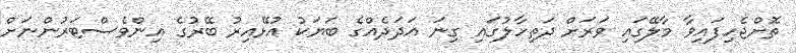
ތޮށްޖެހިފައިވާ މާލޭގައި ވަރަށް ދަތިހާލުގައި ގިނަ އަދަދެއްގެ ބަޔަކު އުޅޭއިރު ބޭރުގެ އިންވެސްޓަރުންނަށް